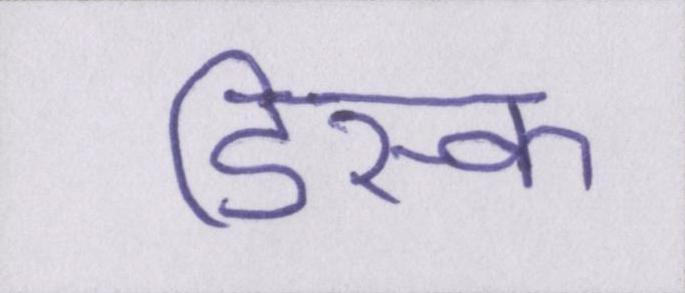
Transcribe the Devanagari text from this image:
डिस्क